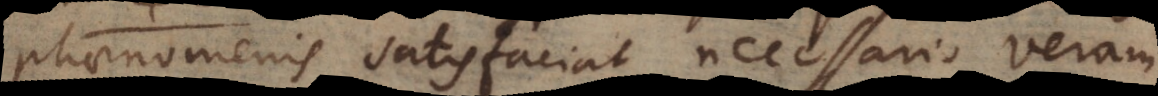
phaenomenis satisfaciat necessario veram